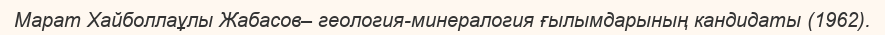
Марат Хайболлаұлы Жабасов– геология-минералогия ғылымдарының кандидаты (1962).